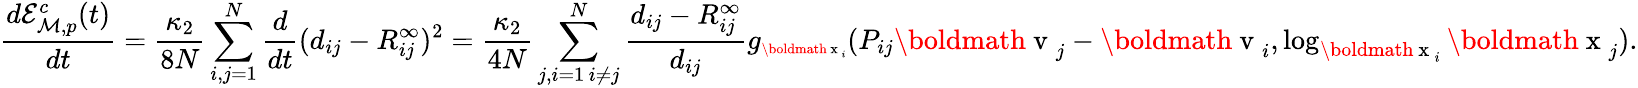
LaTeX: \frac{d\mathcal{E}_{{\mathcal M},p}^{c}(t)}{dt}=\frac{\kappa_{2}}{8N}\sum_{i,j=1}^{N}\frac{d}{dt}(d_{ij}-R_{ij}^{\infty})^{2}=\frac{\kappa_{2}}{4N}\sum_{\substack{j,i=1\, i\neq j}}^{N}\frac{d_{ij}-R_{ij}^{\infty}}{d_{ij}}g_{\scriptsize\mathrm{\boldmath~x~}_{i}}(P_{ij}\mathrm{\boldmath~v~}_{j}-\mathrm{\boldmath~v~}_{i},\log_{\mathrm{\boldmath~x~}_{i}}\mathrm{\boldmath~x~}_{j}).